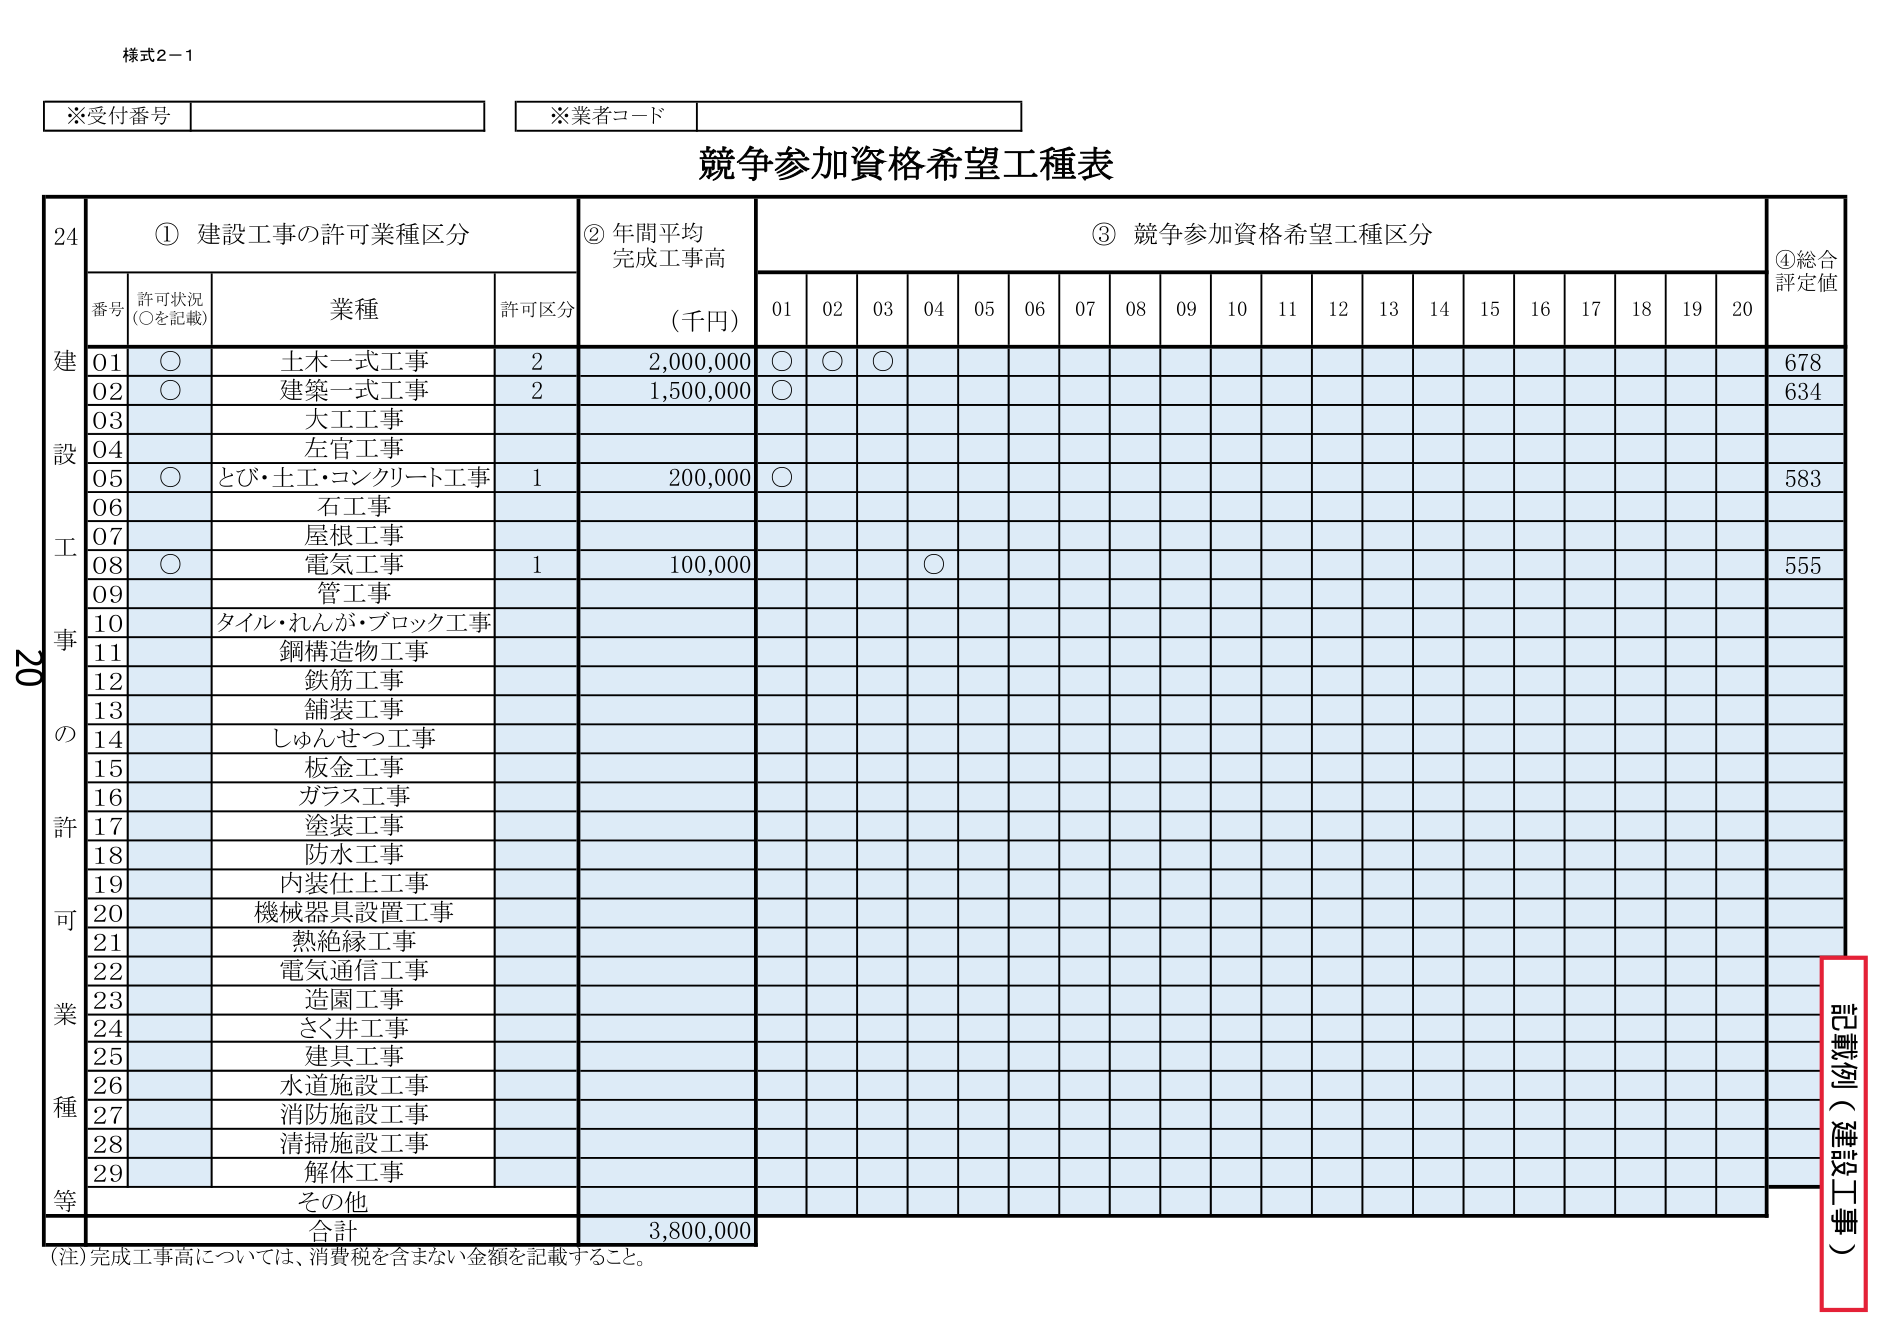
様式2-1

※受付番号
※業者コード

競争参加資格希望工種表

24
① 建設工事の許可業種区分
② 年間平均完成工事高（千円）
③ 競争参加資格希望工種区分
④ 総合評定値

番号 許可状況（○を記載） 業種 許可区分
01 ○ 土木一式工事 2 2,000,000 ○ ○ ○ 678
02 ○ 建築一式工事 2 1,500,000 ○ 634
03 大工工事
04 左官工事
05 ○ とび・土工・コンクリート工事 1 200,000 ○ 583
06 石工事
07 屋根工事
08 ○ 電気工事 1 100,000 ○ 555
09 管工事
10 タイル・れんが・ブロック工事
11 鋼構造物工事
12 鉄筋工事
13 舗装工事
14 しゅんせつ工事
15 板金工事
16 ガラス工事
17 塗装工事
18 防水工事
19 内装仕上工事
20 機械器具設置工事
21 熱絶縁工事
22 電気通信工事
23 造園工事
24 さく井工事
25 建具工事
26 水道施設工事
27 消防施設工事
28 清掃施設工事
29 解体工事
その他
合計 3,800,000

（注）完成工事高については、消費税を含まない金額を記載すること。

記載例（建設工事）